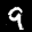
Label: 9